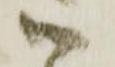
御